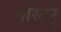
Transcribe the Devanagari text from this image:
मास्टर्